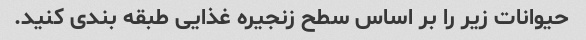
حیوانات زیر را بر اساس سطح زنجیره غذایی طبقه بندی کنید.